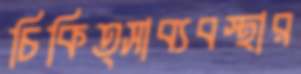
চিকিত্সাব্যবস্থার